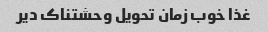
غذا خوب زمان تحویل وحشتناک دیر